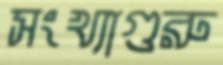
সংখ্যাগুরু